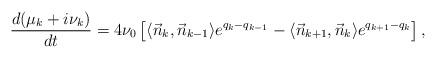
LaTeX: \begin{align*}{d(\mu _k+i\nu _k) \over dt } = 4\nu _0 \left[\langle\vec{n}_{k}, \vec{n}_{k-1}\rangle e^{q_{k}-q_{k-1}} -\langle\vec{n}_{k+1}, \vec{n}_k\rangle e^{q_{k+1}-q_{k}} \right],\end{align*}